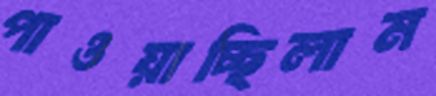
পাওয়াচ্ছিলাম